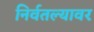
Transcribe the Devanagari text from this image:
निर्वतल्यावर